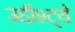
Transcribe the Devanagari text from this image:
उद्दीश्ट्ये